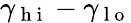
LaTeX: \gamma_{\mathrm{~h~i~}}-\gamma_{\mathrm{~l~o~}}